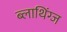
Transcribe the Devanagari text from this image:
ब्लाथिंग्ज